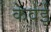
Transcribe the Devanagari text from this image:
केवई